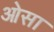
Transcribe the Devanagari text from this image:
ओसा